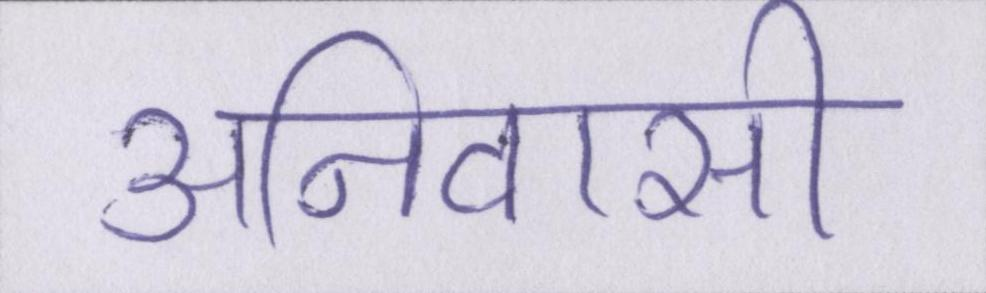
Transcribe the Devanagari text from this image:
अनिवासी